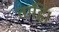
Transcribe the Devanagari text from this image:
ताहि।